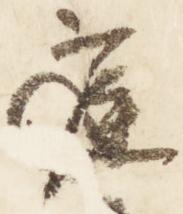
庭